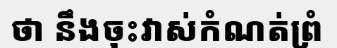
ថា នឹងចុះវាស់កំណត់ព្រំ